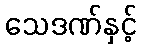
သေဒဏ်နှင့်